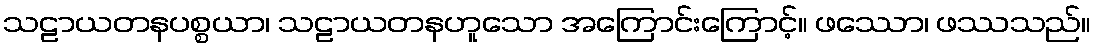
သဠာယတနပစ္စယာ၊ သဠာယတနဟူသော အကြောင်းကြောင့်။ ဖဿော၊ ဖဿသည်။